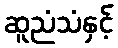
ဆူညံသံနှင့်